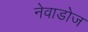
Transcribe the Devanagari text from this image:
नेवाडोज